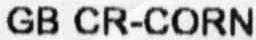
GB CR-CORN